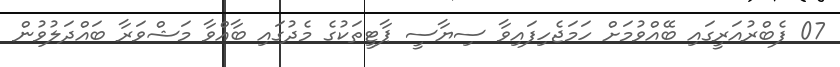
07 ފެބްރުއަރީގައި ބޭއްވުމަށް ހަމަޖެހިފައިވާ ސިޔާސީ ޕާޓީތަކުގެ މެދުގައި ބާއްވާ މަޝްވަރާ ބައްދަލުވުން